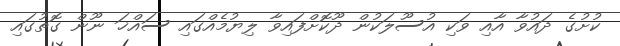
ކުށުގެ ދައުވާ އާއި ވަކި އުސޫލަކުން ދޫކޮށްފައިވާ ލިޔުމެއްގައި ސައްޚަ ނޫން ގޮތުގައި